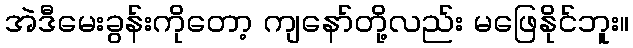
အဲဒီမေးခွန်းကိုတော့ ကျနော်တို့လည်း မဖြေနိုင်ဘူး။